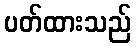
ပတ်ထားသည်